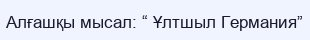
Алғашқы мысал: “ Ұлтшыл Германия”